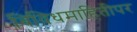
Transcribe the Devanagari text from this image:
विविधमाहितीपर